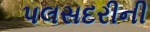
પલસદરીની